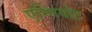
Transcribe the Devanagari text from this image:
एम्नियोट